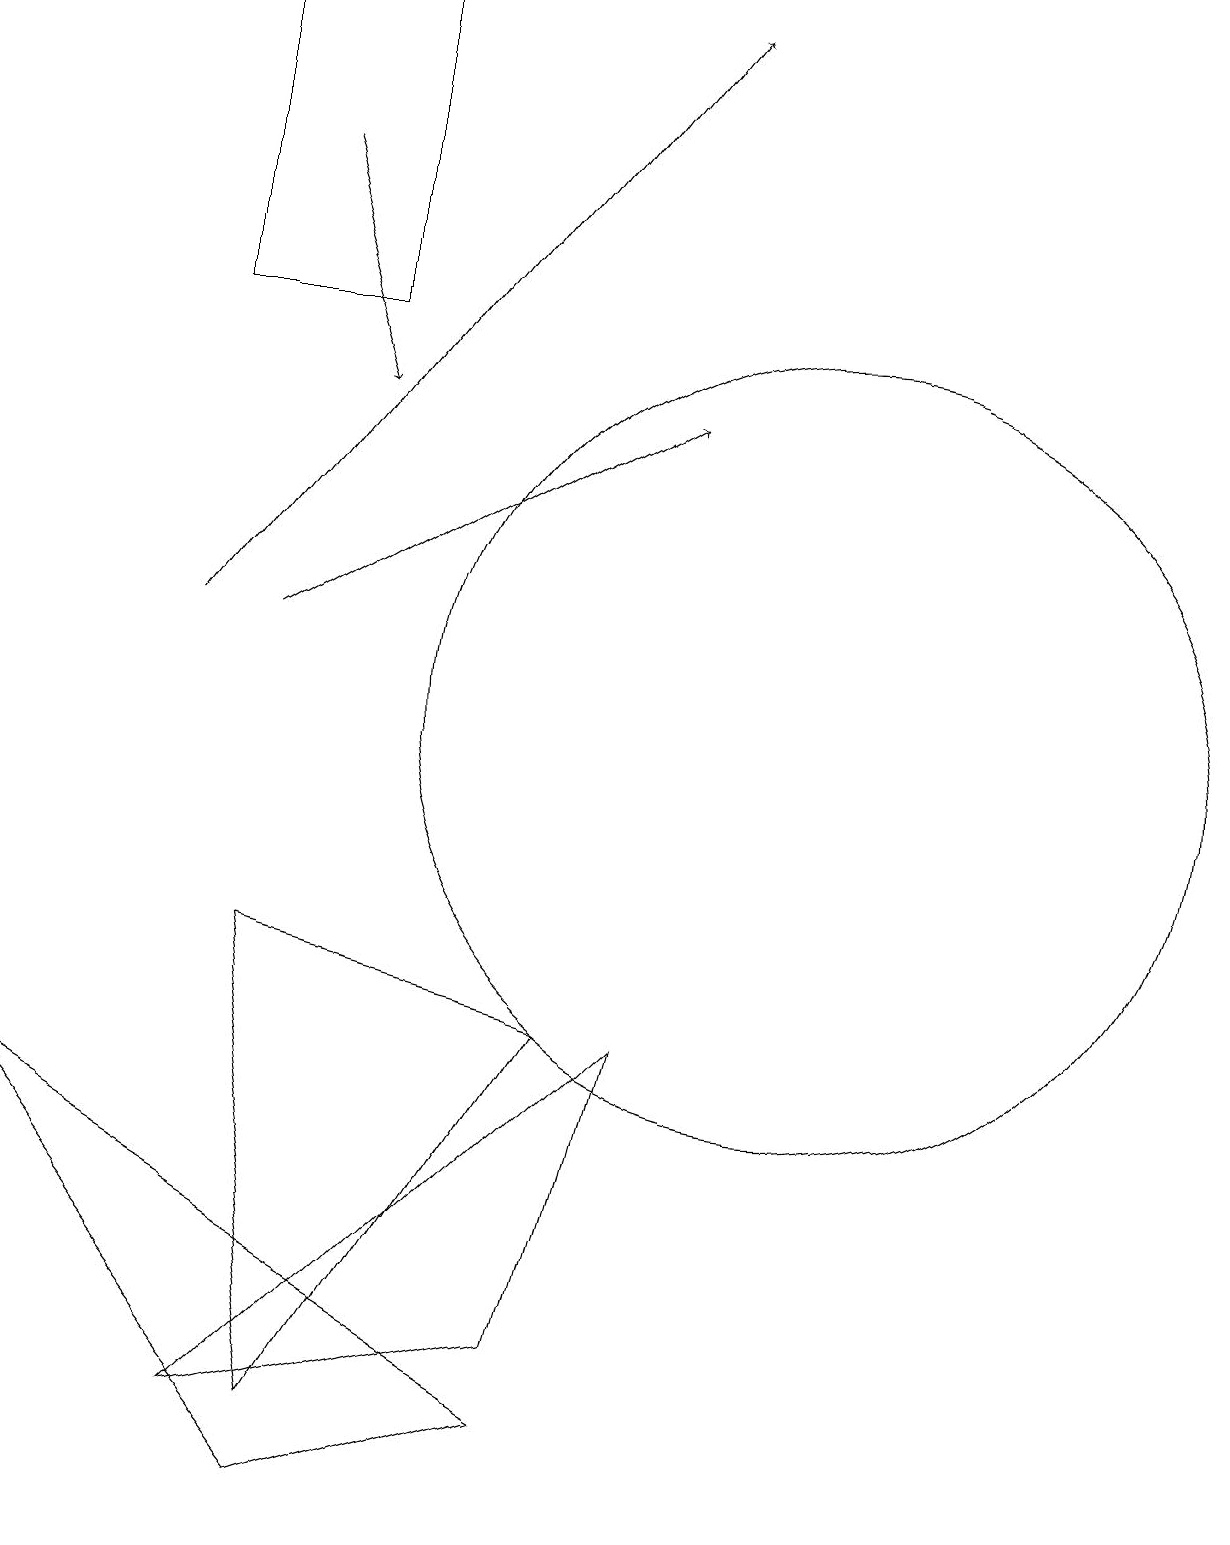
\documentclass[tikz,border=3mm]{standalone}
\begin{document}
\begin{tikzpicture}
\draw[->] (3,11) -- (9,19);
\draw (5,15) rectangle (3,19);
\draw (11,10) circle (5);
\draw (5,1) -- (4,7) -- (8,6) -- cycle;
\draw[->] (4,11) -- (9,14);
\draw (5,0) -- (1,5) -- (8,1) -- cycle;
\draw (8,2) -- (9,6) -- (4,1) -- cycle;
\draw[->] (4,17) -- (5,14);
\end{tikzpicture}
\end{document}